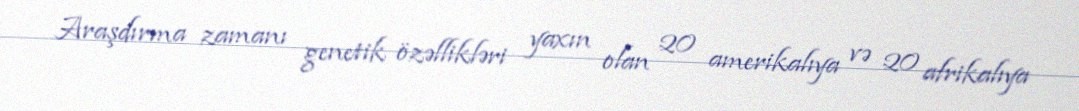
Araşdırma zamanı genetik özəllikləri yaxın olan 20 amerikalıya və 20 afrikalıya